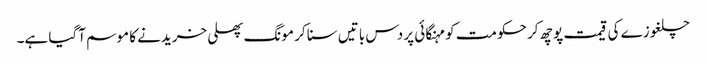
چلغوزے کی قیمت پوچھ کر حکومت کو مہنگائی پر دس باتیں سنا کر مونگ پھلی خریدنے کا موسم آگیا ہے۔